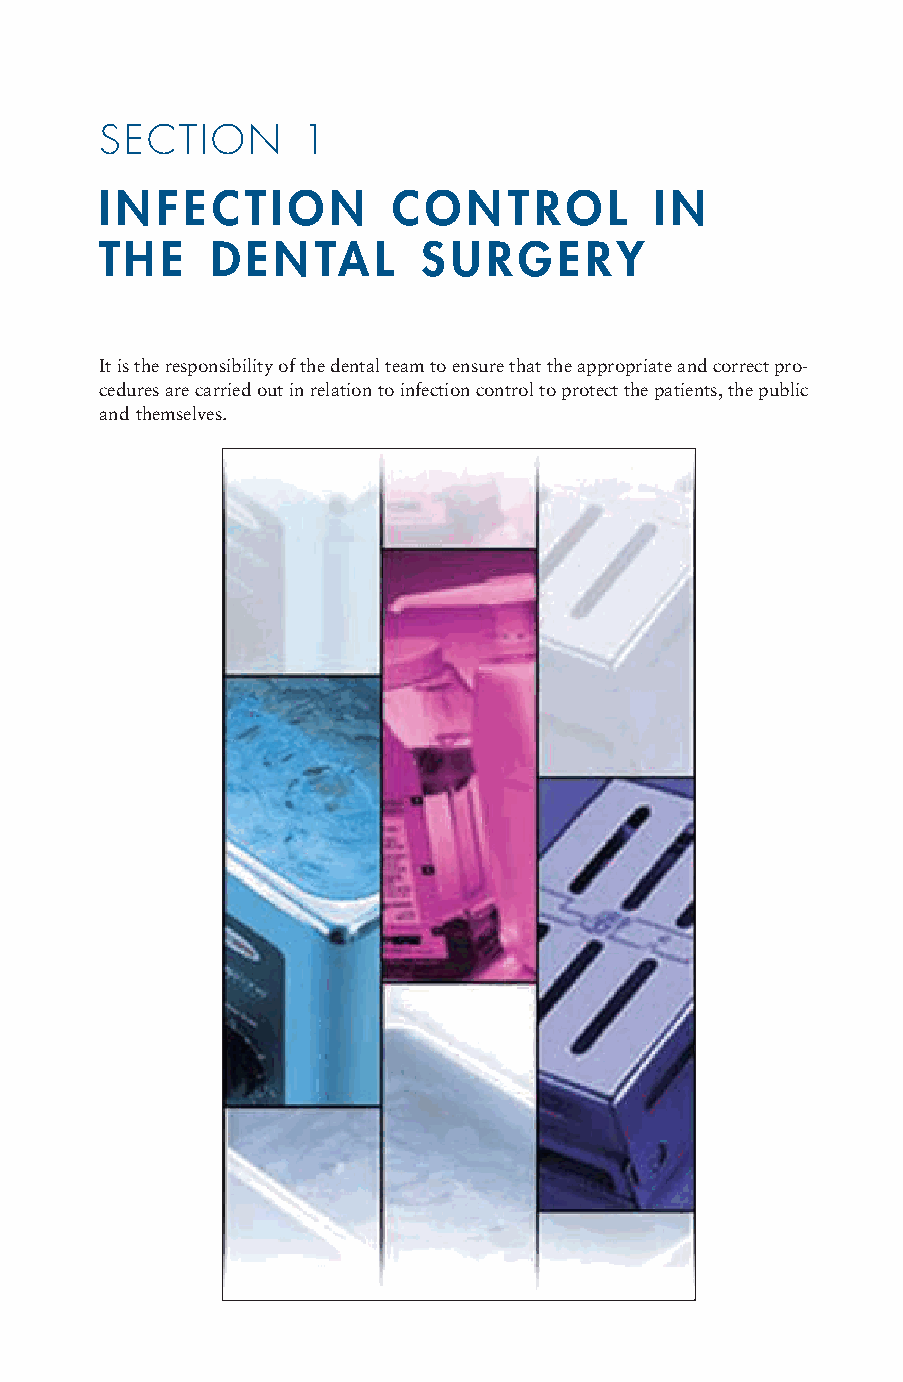
SECTION      1
 INFECTION          CONTROL          IN
 THE    DENTAL        SURGERY
 It is the responsibility of the dental team to ensure that the appropriate and correct pro-
 cedures are carried out in relation to infection control to protect the patients, the public
 and themselves.